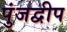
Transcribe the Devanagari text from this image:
पुंजद्वीप